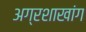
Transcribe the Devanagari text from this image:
अग्रशाखांग